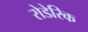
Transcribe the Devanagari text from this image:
रोडेरिक